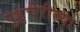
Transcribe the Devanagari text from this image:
पुडुचेरीच्या